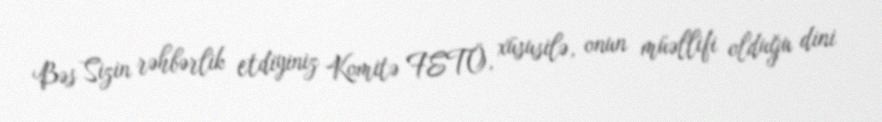
Bəs Sizin rəhbərlik etdiyiniz Komitə FETÖ, xüsusilə, onun müəllifi olduğu dini